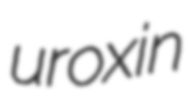
uroxin